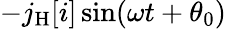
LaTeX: -j_{\mathrm{H}}[i]\sin(\omega t+\theta_{0})